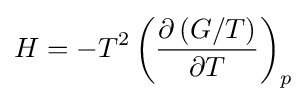
H=-T^{2}\left({\frac {\partial \left(G/T\right)}{\partial T}}\right)_{p}